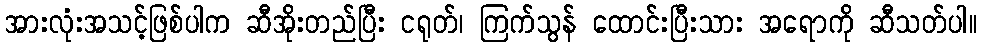
အားလုံးအသင့်ဖြစ်ပါက ဆီအိုးတည်ပြီး ငရုတ်၊ ကြက်သွန် ထောင်းပြီးသား အရောကို ဆီသတ်ပါ။